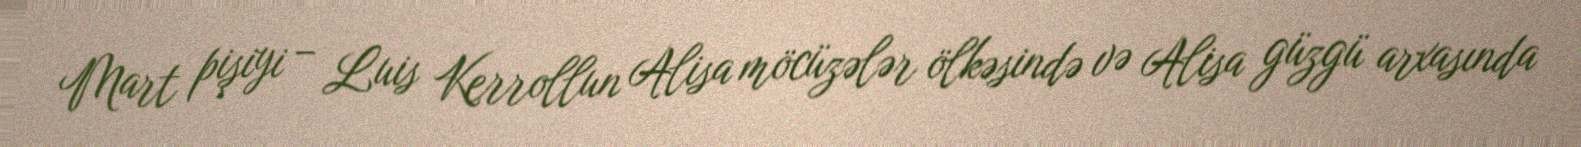
Mart pişiyi – Luis Kerrollun Alisa möcüzələr ölkəsində və Alisa güzgü arxasında